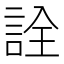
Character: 詮